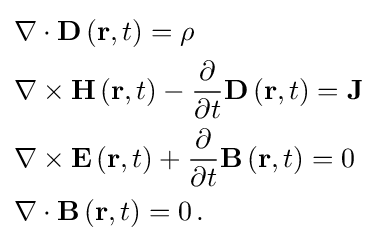
{\begin{aligned}&{\mathbf {\nabla } }\cdot {\mathbf {D} }\left({\mathbf {r} },t\right)=\rho \,\\&{\mathbf {\nabla } }\times {\mathbf {H} }\left({\mathbf {r} },t\right)-{\frac {\partial }{\partial t}}{\mathbf {D} }\left({\mathbf {r} },t\right)={\mathbf {J} }\,\\&{\mathbf {\nabla } }\times {\mathbf {E} }\left({\mathbf {r} },t\right)+{\frac {\partial }{\partial t}}{\mathbf {B} }\left({\mathbf {r} },t\right)=0\,\\&{\mathbf {\nabla } }\cdot {\mathbf {B} }\left({\mathbf {r} },t\right)=0\,.\end{aligned}}